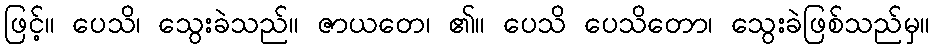
ဖြင့်။ ပေသိ၊ သွေးခဲသည်။ ဇာယတေ၊ ၏။ ပေသိ ပေသိတော၊ သွေးခဲဖြစ်သည်မှ။